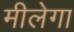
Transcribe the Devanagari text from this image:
मीलेगा